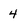
Character: 4